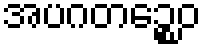
အပဂတဉ္စေဝ